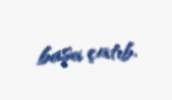
başa çatıb.